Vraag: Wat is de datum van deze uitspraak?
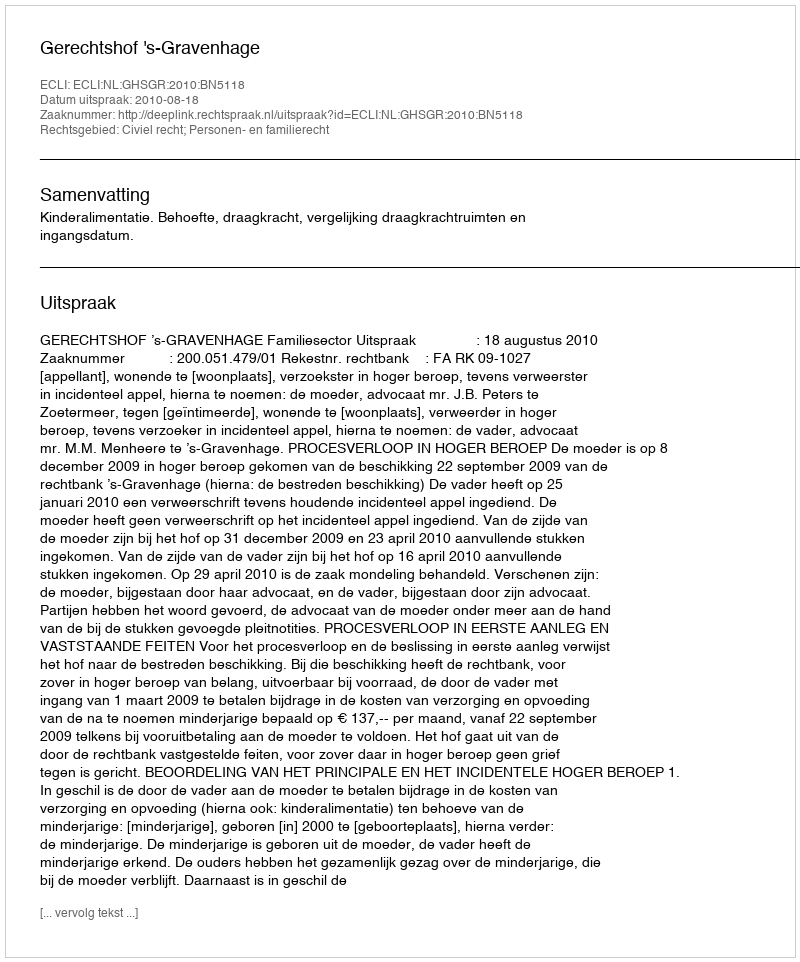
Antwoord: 2010-08-18